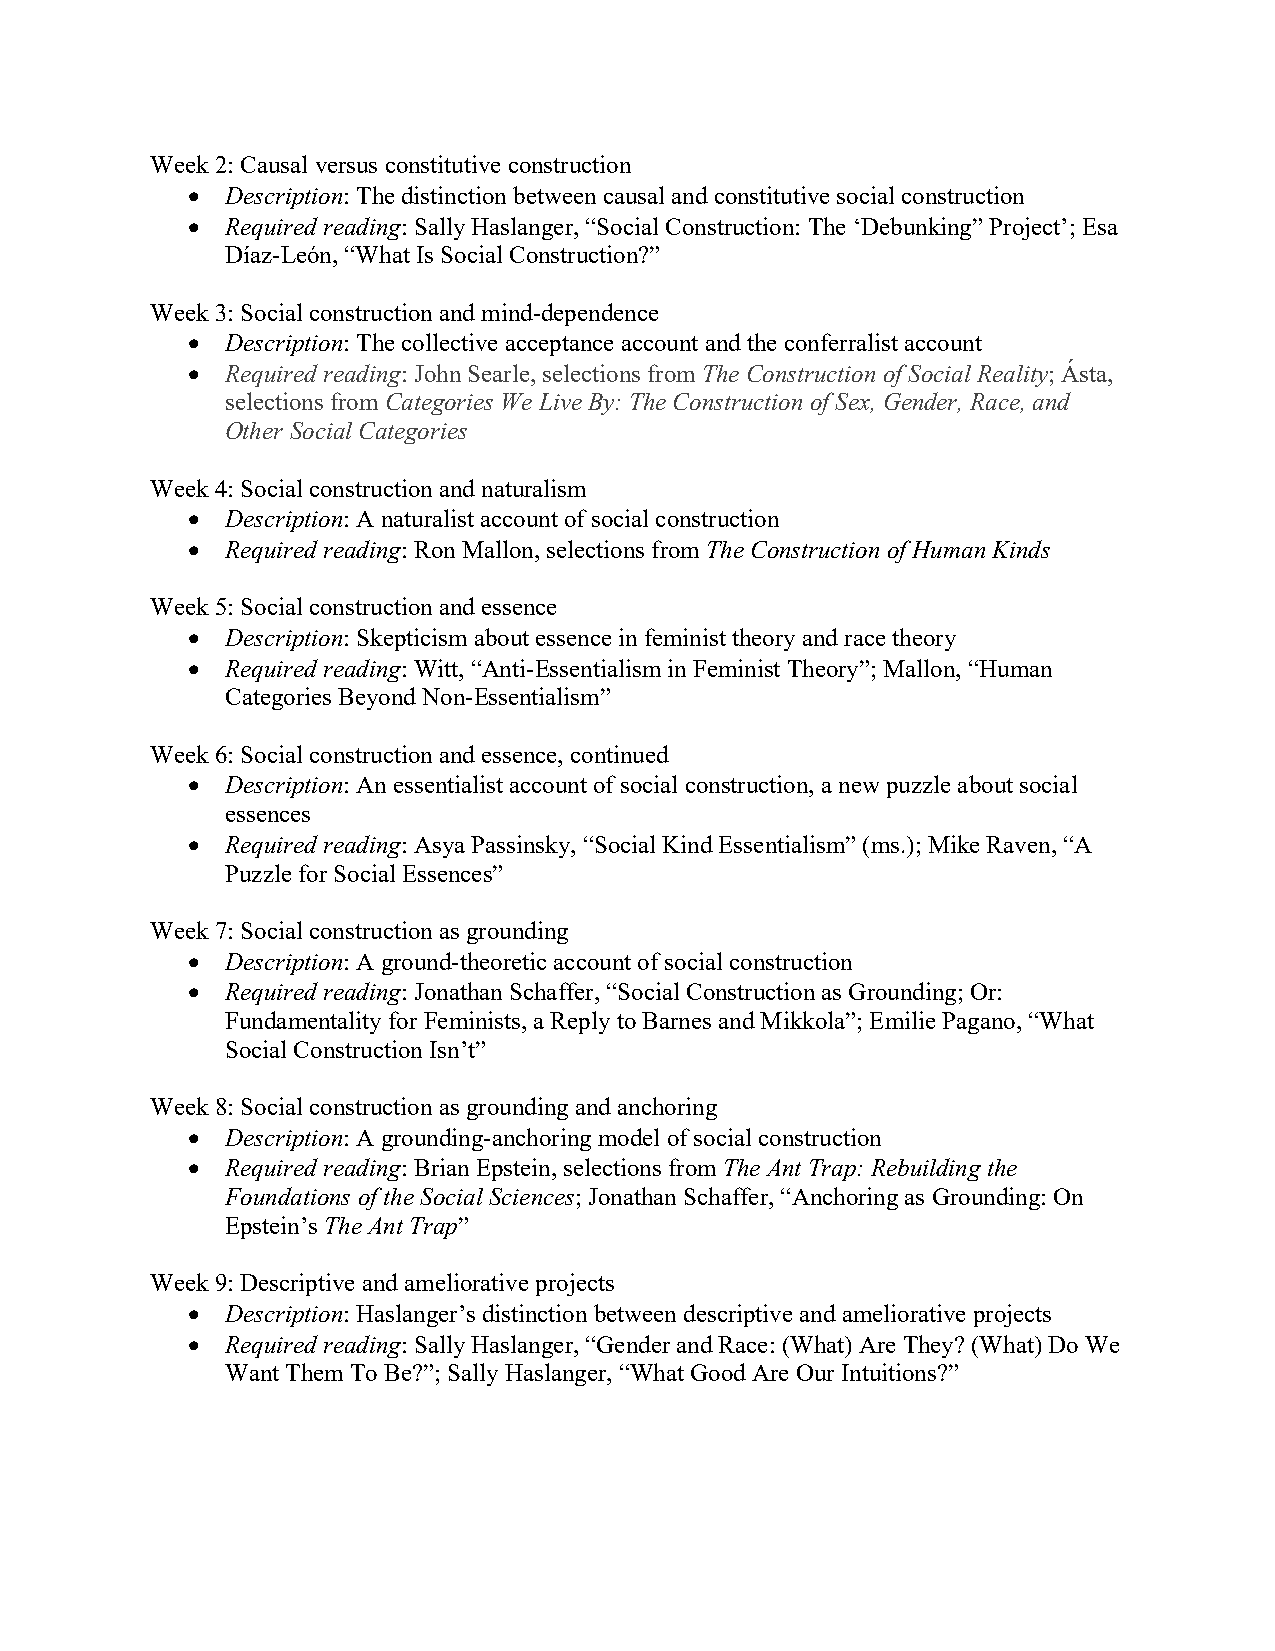
Week 2: Causal versus constitutive construction
 •  Description: The distinction between causal and constitutive social construction
 •  Required reading: Sally Haslanger, “Social Construction: The ‘Debunking” Project’; Esa
 Díaz-León, “What Is Social Construction?”
 Week 3: Social construction and mind-dependence
 •  Description: The collective acceptance account and the conferralist account
 •  Required reading: John Searle, selections from The Construction of Social Reality; Ásta,
 selections from Categories We Live By: The Construction of Sex, Gender, Race, and
 Other Social Categories
 Week 4: Social construction and naturalism
 •  Description: A naturalist account of social construction
 •  Required reading: Ron Mallon, selections from The Construction of Human Kinds
 Week 5: Social construction and essence
 •  Description: Skepticism about essence in feminist theory and race theory
 •  Required reading: Witt, “Anti-Essentialism in Feminist Theory”; Mallon, “Human
 Categories Beyond Non-Essentialism”
 Week 6: Social construction and essence, continued
 •  Description: An essentialist account of social construction, a new puzzle about social
 essences
 •  Required reading: Asya Passinsky, “Social Kind Essentialism” (ms.); Mike Raven, “A
 Puzzle for Social Essences”
 Week 7: Social construction as grounding
 •  Description: A ground-theoretic account of social construction
 •  Required reading: Jonathan Schaffer, “Social Construction as Grounding; Or:
 Fundamentality for Feminists, a Reply to Barnes and Mikkola”; Emilie Pagano, “What
 Social Construction Isn’t”
 Week 8: Social construction as grounding and anchoring
 •  Description: A grounding-anchoring model of social construction
 •  Required reading: Brian Epstein, selections from The Ant Trap: Rebuilding the
 Foundations of the Social Sciences; Jonathan Schaffer, “Anchoring as Grounding: On
 Epstein’s The Ant Trap”
 Week 9: Descriptive and ameliorative projects
 •  Description: Haslanger’s distinction between descriptive and ameliorative projects
 •  Required reading: Sally Haslanger, “Gender and Race: (What) Are They? (What) Do We
 Want Them To Be?”; Sally Haslanger, “What Good Are Our Intuitions?”